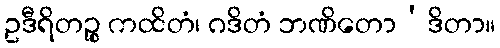
ဥဒီရိတဉ္စ ကထိတံ၊ ဂဒိတံ ဘဏိတော’ဒိတာ။